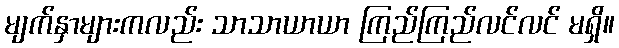
မျက်နှာများကလည်း သာသာယာယာ ကြည်ကြည်လင်လင် မရှိ။